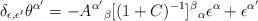
LaTeX: \begin{align*}\delta_{\epsilon , \epsilon'} \theta ^{\alpha'} = - A ^{\alpha'}{}_\beta[(1+C)^{-1}] ^\beta{}_ \alpha \epsilon ^\alpha + \epsilon^{\alpha'}\end{align*}